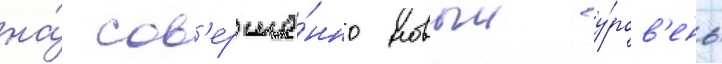
на́ сов'ерше́нно новыи у́ров'ень